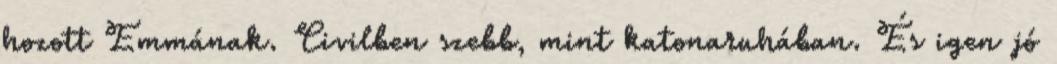
hozott Emmának. Civilben szebb, mint katonaruhában. És igen jó